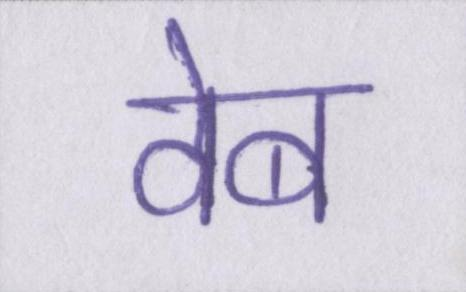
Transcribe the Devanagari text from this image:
वेब